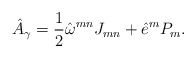
\begin{align*}\hat{A}_{\gamma }=\frac{1}{2}\hat{\omega}^{mn}J_{mn}+\hat{e}^{m}P_{m}. \end{align*}